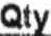
QTY